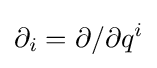
\partial _{i}=\partial /\partial q^{i}